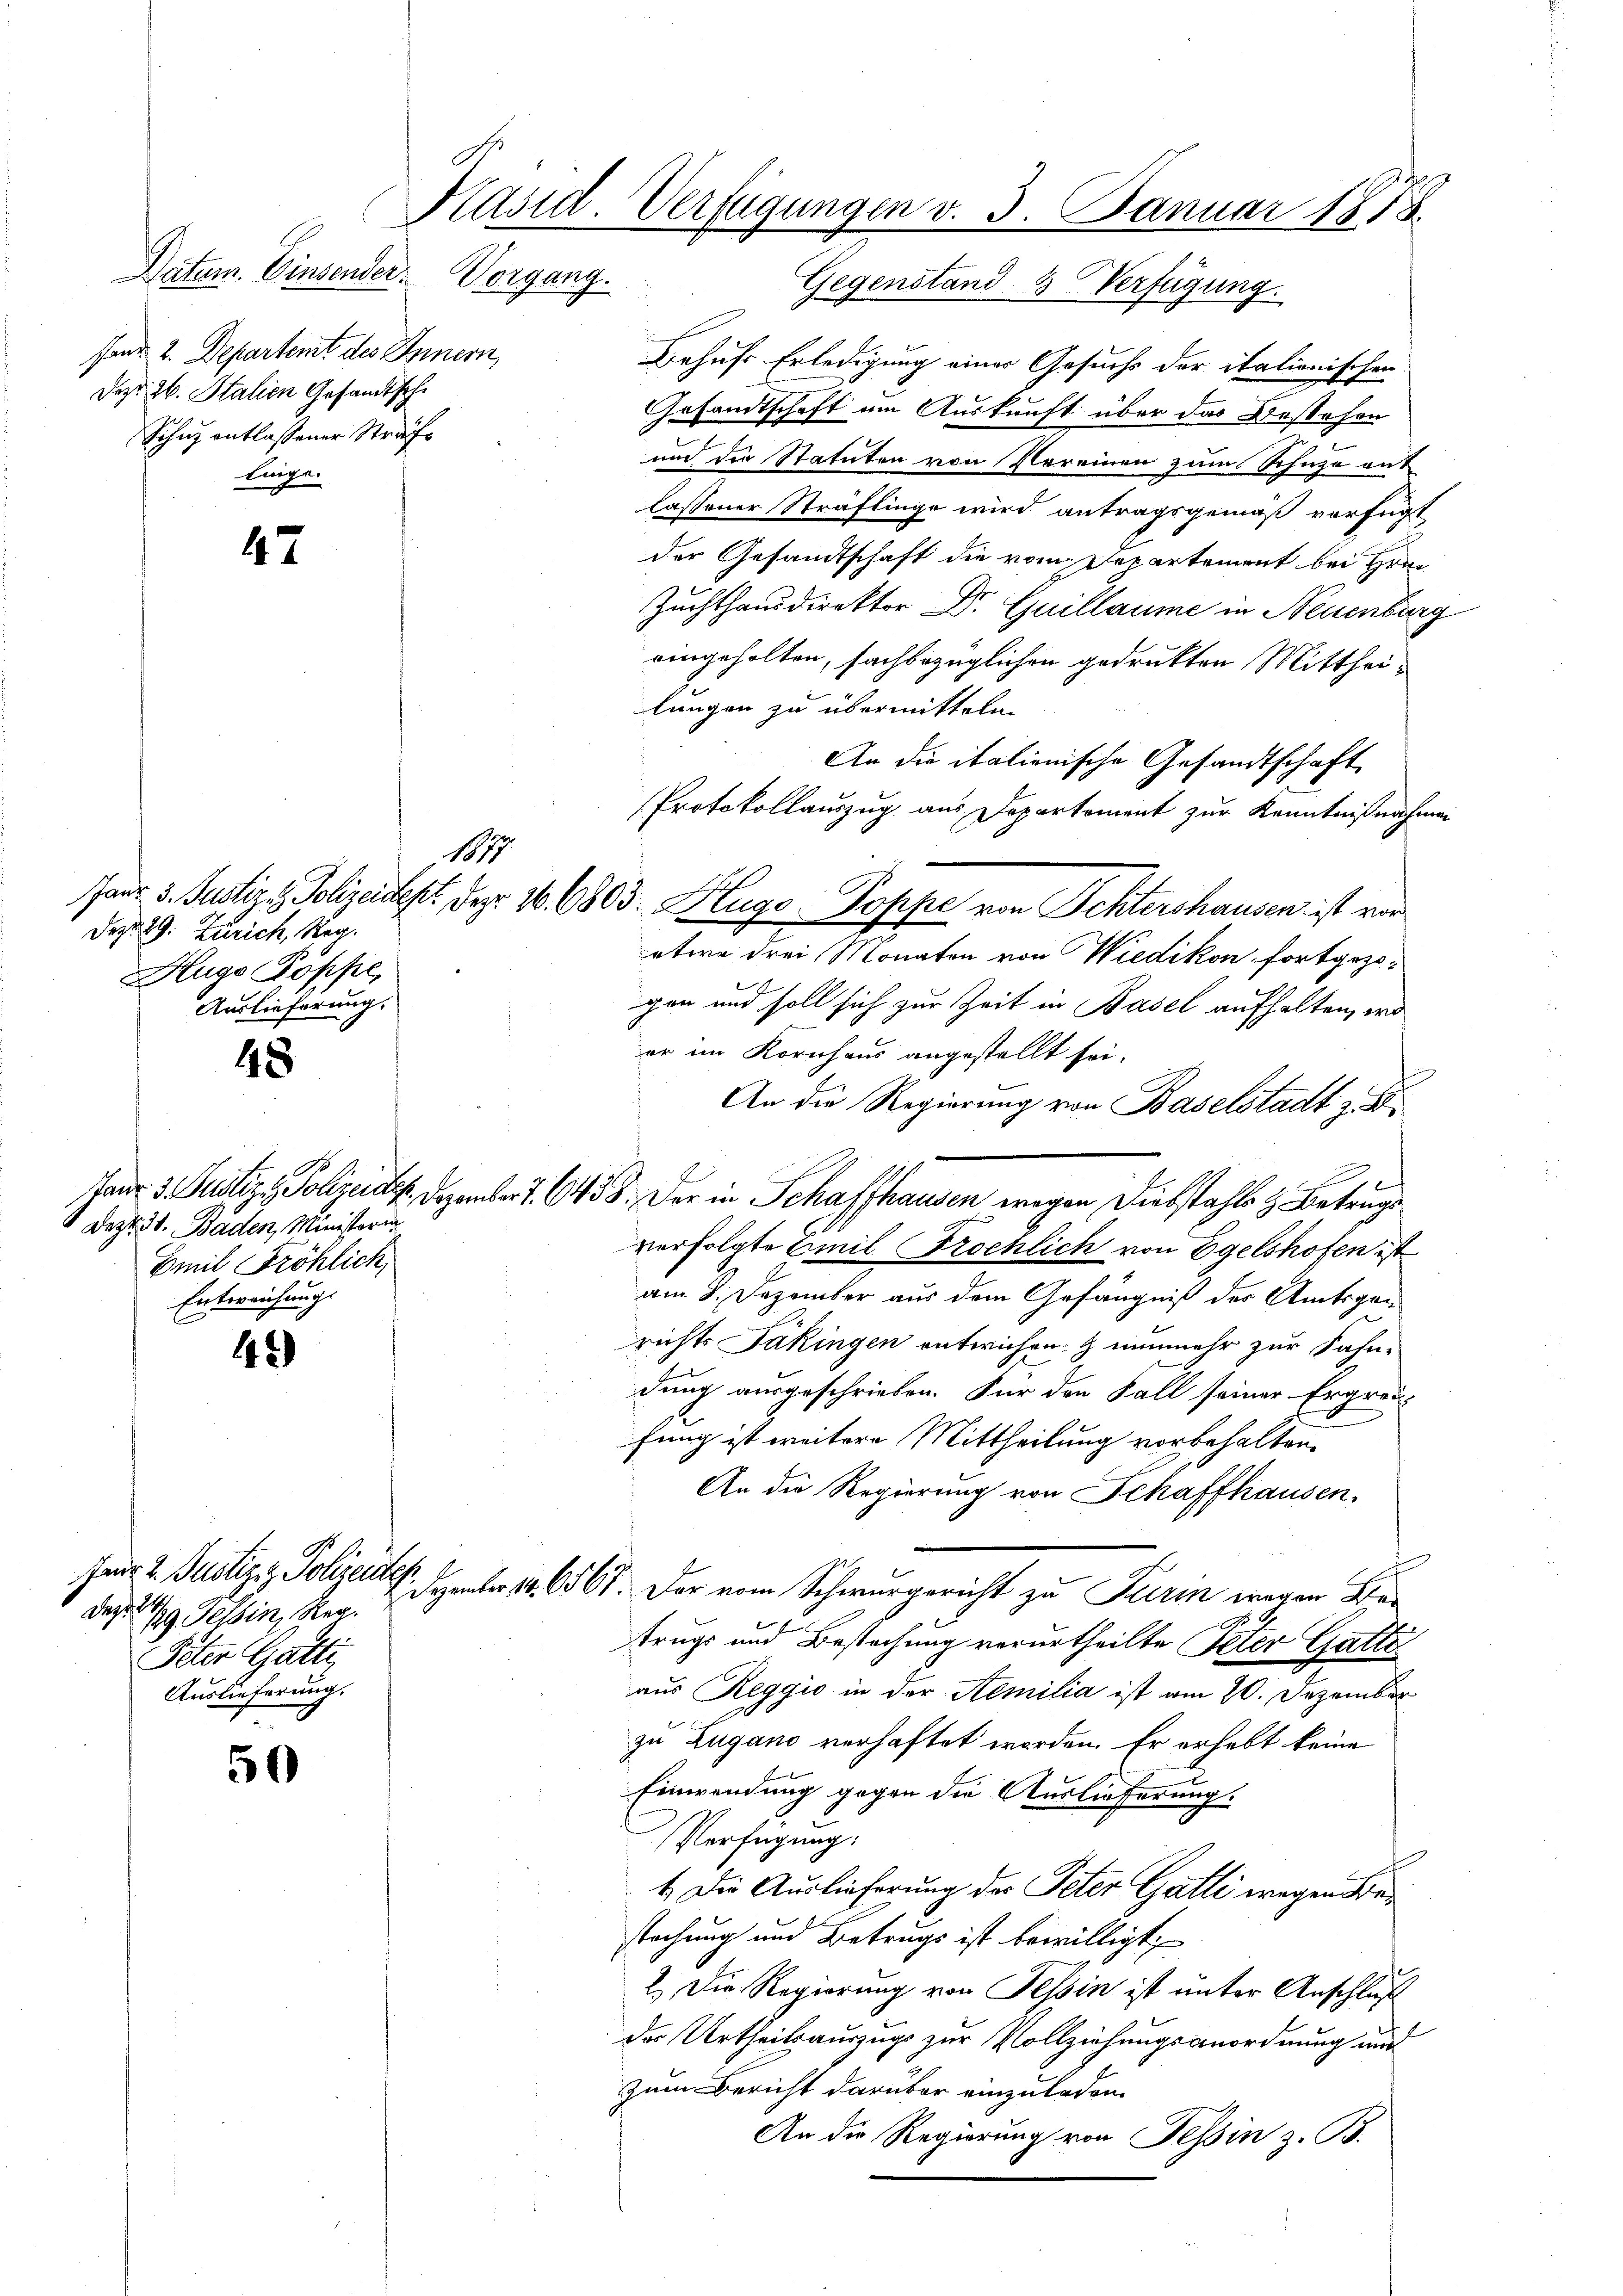
Datum. Einsender
fand 2. Departemt des Innern,
Dazu 26. Stalien Gesandtsch
Schuz entlassener Strafe
linge.

47

48

Dezt. 31. Baden, Ministeri
Emil Fröhlich
Entweichungs

42)

Janr. 2. Justiz z. Polizeite
depl
1) Tessin, Reg.
Peter Gatti
Auslieferung.

50

Käsid. Verfügungen v. 3. Januar 1818.
Vorgang.
Gegenstand 3 Verfügung.

1877.

Dez. 29. Zürich, Reg.
Hugo Koppe
Auslieferung.

Behufs Erledigung einer Gesuchs der italienischen
Gesandtschaft um Auskunft über das Bestehen
g
und die Statuten von Vereinen zum Schuze ant
lassener Sträflinge wird antragsgemäß verfügt,
der Gesandtschaft die vom Departement bei Fran
Zuchthausdirektor Dr. Guillaume in Neuenburg
eingeholten, sachbezüglichen gedrukten Mittheilungen zu übermitteln.
An die italienische Gesandtschaft
Protokollauszug aus Departement zur Kenntnißnahmen
etwa drei Monaten von Wiedikon fortgezogen und soll sich zur Zeit in Basel aufhalten, wo
er im Kornhaus angestellt sei.
An die Regierung von Baselstadt z. B.
Janr 3. Justiz & Polizeid. Dezember 7. 438. Der in Schaffhausen wegen Diebstahle & Betrugs
verfolgte Einil Fröchlich von Egelshofen ist
am 8. Dezember aus dem Gefängniß des Amtsgen
richts Jäkingen entwichen & nunmehr zur Fahn-
dung ausgeschrieben. Für den Fall seiner Ergrei-
fung ist weitere Mittheilung vorbehalten.
An die Regierung von Schaffhausen,
V. Dezember 186567. Der vom Schwurgericht zu Turin wegen Be-
strugs und Bestachung verurtheilte Peter Gattiaus Reggio in der Semilia ist am 20. Dezember
zu Zugano verhaftet worden. Er erhebt keine
Einwendung gegen die Auslieferung.
Verfügung.
1. Die Auslieferung der Peter Gatti wegen Besachung und Betrugs ist bewilligt;
2. Die Regierung von Tessin ist unter Anschluß
des Urtheilsauszugs zur Vollziehungsanordnung und
zum Bericht darüber einzuladen.
An die Regierung von Tessin z. B.

Janr. 3. Justiz & Polizeitest. Dez. 16. 6803. Hugo - Poppe von Schtershausen ist vor